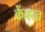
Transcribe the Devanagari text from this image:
केंव्हाच